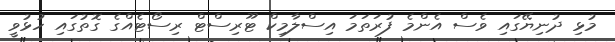
މުޅި ދުނިޔޭގައި ވެސް އެންމެ ފުރަތަމަ އިސްލާމިކް ޓޫރިސްޓް ރިސޯޓެއްގެ ގޮތުގައި ހުޅުވީ